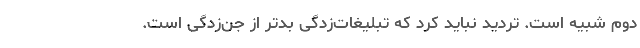
دوم شبیه است. تردید نباید کرد که تبلیغات‌زدگی بدتر از جن‌زدگی است.